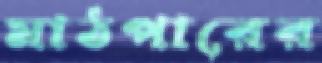
মাঠপারের